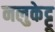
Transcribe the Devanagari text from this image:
नलुकेट्टू